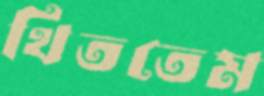
থিততেম